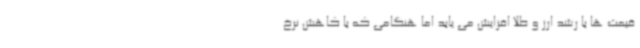
قیمت ها با رشد ارز و طلا افزایش می یابد اما هنگامی که با کاهش نرخ